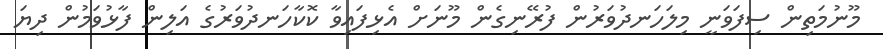
މޫނުމަތިން ސިފަވަނީ މިލަހަނދުވަރުން ފުރޭނިގެން މޫނަށް އެޅިފައިވާ ކޮކާހަނދުވަރުގެ އަލިން ފާޅުވަމުން ދިޔަ